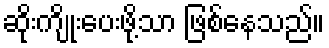
ဆိုးကျိုးပေးဖို့သာ ဖြစ်နေသည်။